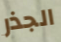
الجذر